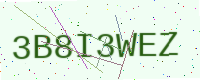
Text: 3B8I3WEZ